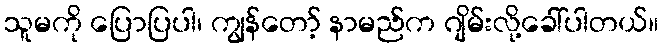
သူမကို ပြောပြပါ၊ ကျွန်တော့် နာမည်က ဂျိမ်းလို့ခေါ်ပါတယ်။